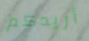
أريدكم